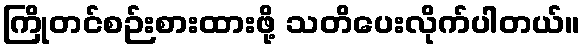
ကြိုတင်စဉ်းစားထားဖို့ သတိပေးလိုက်ပါတယ်။